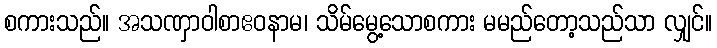
စကားသည်။ အသဏှာဝါစာဧဝနာမ၊ သိမ်မွေ့သောစကား မမည်တော့သည်သာ လျှင်။